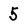
Character: 5